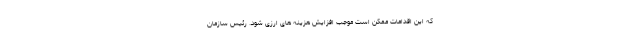
که این اقدامات ممکن است موجب افزایش هزینه های ارزی شود. رئیس سازمان